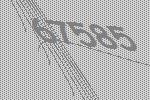
67585